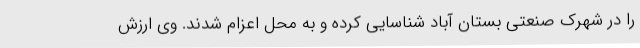
را در شهرک صنعتی بستان آباد شناسایی کرده و به محل اعزام شدند. وی ارزش